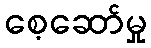
စေ့ဆော်မှု